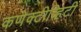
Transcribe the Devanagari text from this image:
कणेक्टीव्हिटी